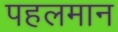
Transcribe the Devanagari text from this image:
पहलमान